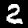
Label: 2